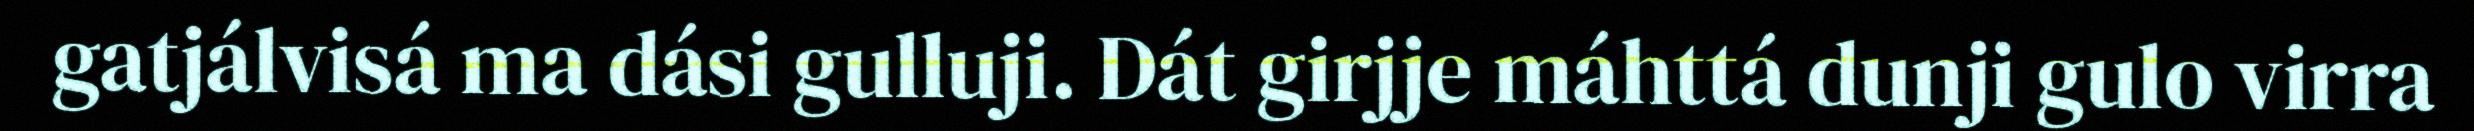
gatjálvisá ma dási gulluji. Dát girjje máhttá dunji gulo virra